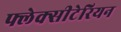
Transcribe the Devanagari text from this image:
फ्लेक्सीटेरियन